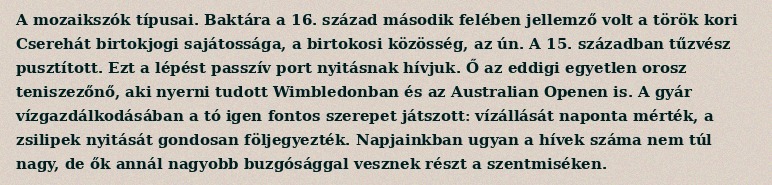
A mozaikszók típusai. Baktára a 16. század második felében jellemző volt a török kori Cserehát birtokjogi sajátossága, a birtokosi közösség, az ún. A 15. században tűzvész pusztított. Ezt a lépést passzív port nyitásnak hívjuk. Ő az eddigi egyetlen orosz teniszezőnő, aki nyerni tudott Wimbledonban és az Australian Openen is. A gyár vízgazdálkodásában a tó igen fontos szerepet játszott: vízállását naponta mérték, a zsilipek nyitását gondosan följegyezték. Napjainkban ugyan a hívek száma nem túl nagy, de ők annál nagyobb buzgósággal vesznek részt a szentmiséken.